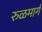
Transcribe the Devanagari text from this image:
रुळमार्ग